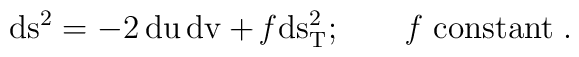
\rm ds^2 = -2 \,du\,dv+ {\it f} ds^2_T;\quad\quad {\it f}\;constant\;.